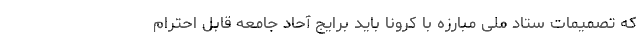
که تصمیمات ستاد ملی مبارزه با کرونا باید برایج آحاد جامعه قابل احترام